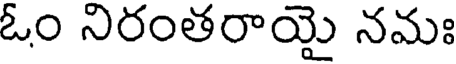
ఓం నిరంతరాయై నమః